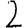
Digit: 2